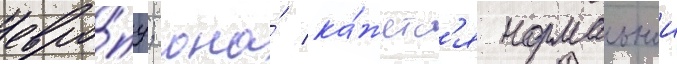
евро́пу; она́ ка́жетс'я нормальнои